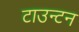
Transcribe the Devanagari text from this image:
टाउन्टन